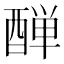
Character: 𨡙